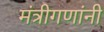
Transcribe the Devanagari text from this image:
मंत्रीगणांनी